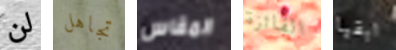
لن تجاهل المقاس الفائزة ابقيا